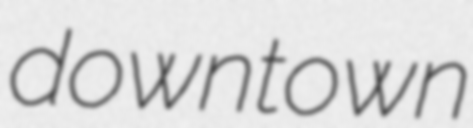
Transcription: downtown